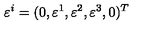
\varepsilon ^ { i } = ( 0 , \varepsilon ^ { 1 } , \varepsilon ^ { 2 } , \varepsilon ^ { 3 } , 0 ) ^ { T }